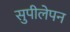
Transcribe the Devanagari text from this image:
सुपीलेपन